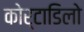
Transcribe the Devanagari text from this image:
कोर्टाडिलो